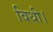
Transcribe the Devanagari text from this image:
विथी।